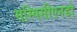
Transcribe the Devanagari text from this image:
सस्पिसीएनडो